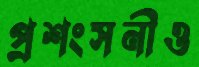
প্রশংসনীও